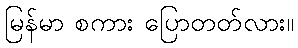
မြန်မာ စကား ပြောတတ်လား။